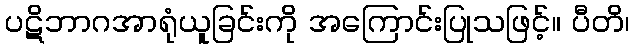
ပဋိဘာဂအာရုံယူခြင်းကို အကြောင်းပြုသဖြင့်။ ပီတိ၊